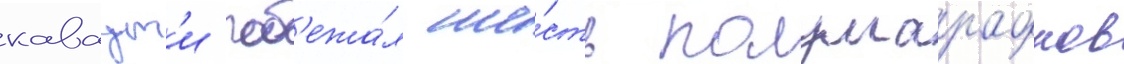
каваут'и поб'ежа́л ше́сть полумарафонов